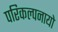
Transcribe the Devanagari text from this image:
परिकल्पनायो